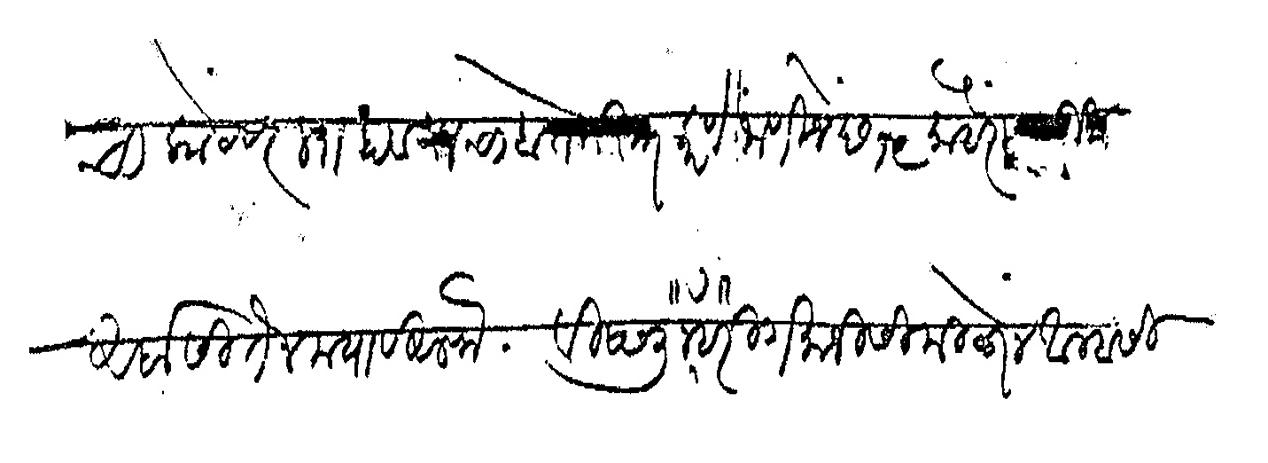
Transliteration (Devanagari): पोटाचा कोटवर ल्याहावयाचा बदोबस्त करणे जाणिजे छ १९ मोहोरम सु अर्बा सीतेन मया व अलफ विष्णु नरहरी गमाजीसी मिळोन आम्हासी